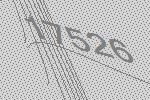
17526